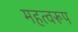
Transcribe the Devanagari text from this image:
महत्वरूप